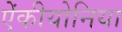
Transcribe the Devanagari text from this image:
ऐंकीयोनिया